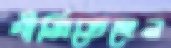
গাঁজিতেছেন